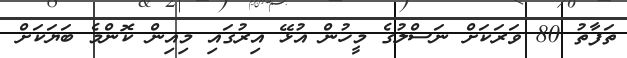
ތަފާތު 80 ވަރަކަށް ނަސްލުގެ މީހުން އުޅޭ އިރުގައި މިއިން ކޮންމެ ބަޔަކަށް